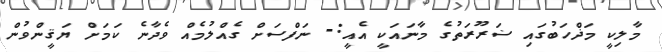
މާލިކީ މަޛްހަބުގައި ޟަރޫރަތުގެ މާނައަކީ އެއީ:- ނަފްސަށް ގެއްލުމެއް ވެދާނެ ކަމަށް ޔަޤީންވުން